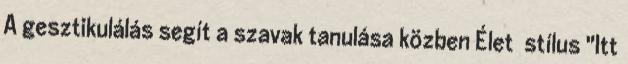
A gesztikulálás segít a szavak tanulása közben Élet stílus "Itt